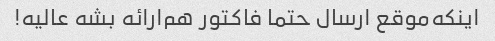
اینکه‌موقع ارسال حتما فاکتور هم‌ارائه بشه عالیه!